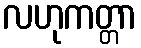
လဟုကတ္တာ